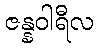
ဇန္နဝါရီလ